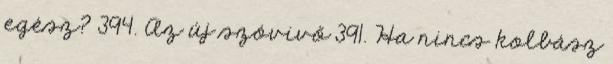
egész? 394. Az új szóvivő 391. Ha nincs kolbász